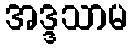
အဒ္ဒသာမ